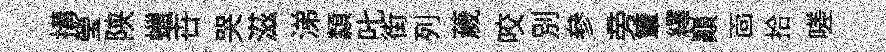
搆瑩陕蠟卋哭滋涕纇叱街列薉咬別參旁簟繹巔靣拾嗟